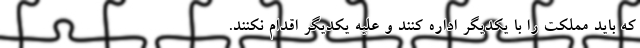
که باید مملکت را با یکدیگر اداره کنند و علیه یکدیگر اقدام نکنند.